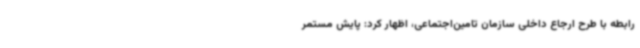
رابطه با طرح ارجاع داخلی سازمان تامین‌اجتماعی، اظهار کرد: پایش مستمر